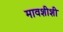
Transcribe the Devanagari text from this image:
मावशीशी